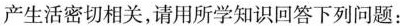
产生活密切相关，请用所学知识回答下列问题：